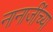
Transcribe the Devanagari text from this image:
नानाजींच्या